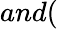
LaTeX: and(